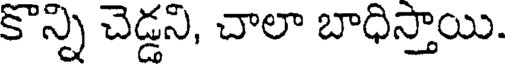
కొన్ని చెడ్డని, చాలా బాధిస్తాయి.